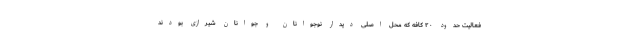
فعالیت حدود ۲۰ کافه که محل اصلی دیدار نوجوانان و جوانان شیرازی بودند